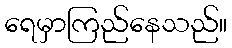
ရေမှာကြည်နေသည်။